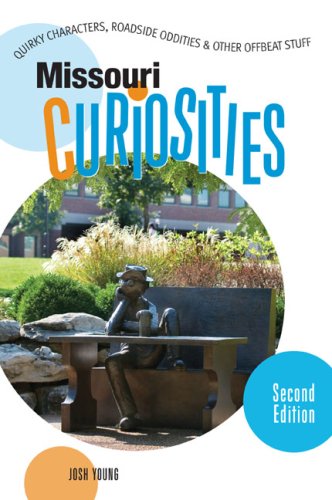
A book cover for Missouri Curiosities, 2nd: Quirky Characters, Roadside Oddities & Other Offbeat Stuff (Curiosities Series); Josh Young; Travel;